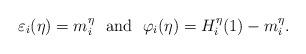
LaTeX: \begin{align*}\varepsilon_i (\eta) = m^\eta_i \ \mbox{ and } \ \varphi_i (\eta)=H_i^\eta (1) - m^\eta_i.\end{align*}